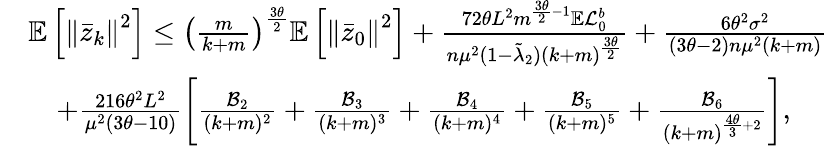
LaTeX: \begin{array}{rl}&{\mathbb{E}\left[\left\Vert\bar{z}_{k}\right\Vert^{2}\right]\leq\left(\frac{m}{k+m}\right)^{\frac{3\theta}{2}}\mathbb{E}\left[\left\Vert\bar{z}_{0}\right\Vert^{2}\right]+\frac{72\theta L^{2}m^{\frac{3\theta}{2}-1}\mathbb{E}\mathcal{L}_{0}^{b}}{n\mu^{2}(1-\tilde{\lambda}_{2})(k+m)^{\frac{3\theta}{2}}}+\frac{6\theta^{2}\sigma^{2}}{(3\theta-2)n\mu^{2}(k+m)}}\\ &{\quad+\frac{216\theta^{2}L^{2}}{\mu^{2}(3\theta-10)}\left[\frac{\mathcal{B}_{2}}{(k+m)^{2}}+\frac{\mathcal{B}_{3}}{(k+m)^{3}}+\frac{\mathcal{B}_{4}}{(k+m)^{4}}+\frac{\mathcal{B}_{5}}{(k+m)^{5}}+\frac{\mathcal{B}_{6}}{(k+m)^{\frac{4\theta}{3}+2}}\right],}\end{array}